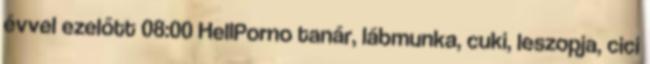
évvel ezelőtt 08:00 HellPorno tanár, lábmunka, cuki, leszopja, cici